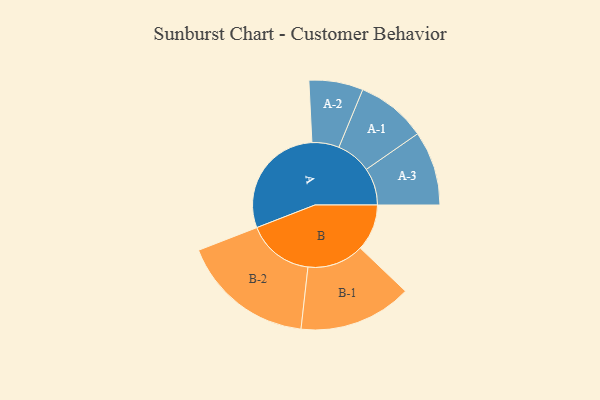
{"axis": {"x": "Segment", "y": "Value"}, "legend": ["", "A", "B"], "data": [{"x": "A", "y": 480, "type": ""}, {"x": "B", "y": 193, "type": ""}, {"x": "A-1", "y": 145, "type": "A"}, {"x": "A-2", "y": 112, "type": "A"}, {"x": "A-3", "y": 154, "type": "A"}, {"x": "B-1", "y": 234, "type": "B"}, {"x": "B-2", "y": 276, "type": "B"}]}